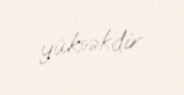
yüksəkdir.